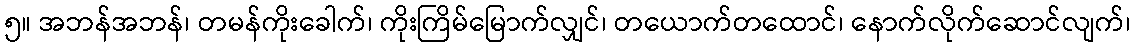
၅။ အဘန်အဘန်၊ တမန်ကိုးခေါက်၊ ကိုးကြိမ်မြောက်လျှင်၊ တယောက်တထောင်၊ နောက်လိုက်ဆောင်လျက်၊